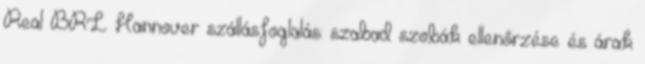
Real BRL Hannover szállásfoglalás: szabad szobák ellenőrzése és árak